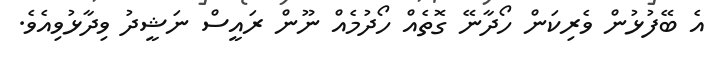
އެ ބޭފުޅުން ވެރިކަން ހޯދާނޭ ގޮތެއް ހޯދުމެއް ނޫން ރައީސް ނަޝީދު ވިދާޅުވިއެވެ.